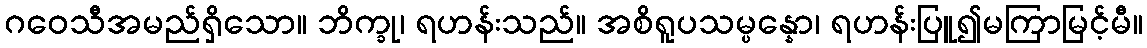
ဂဝေသီအမည်ရှိသော။ ဘိက္ခု၊ ရဟန်းသည်။ အစိရူပသမ္ပန္နော၊ ရဟန်းပြူ၍မကြာမြင့်မီ။